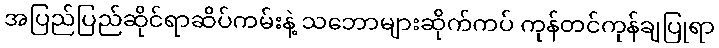
အပြည်ပြည်ဆိုင်ရာဆိပ်ကမ်းနဲ့ သဘောများဆိုက်ကပ် ကုန်တင်ကုန်ချပြုရာ